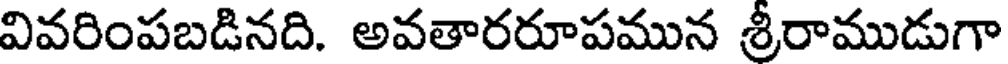
వివరింపబడినది. అవతారరూపమున శ్రీరాముడుగా